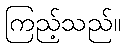
ကြည့်သည်။